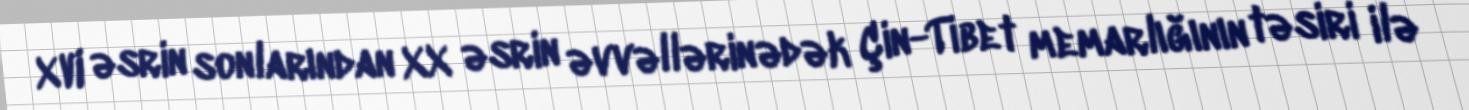
XVI əsrin sonlarından XX əsrin əvvəllərinədək Çin-Tibet memarlığının təsiri ilə